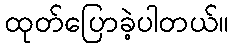
ထုတ်ပြောခဲ့ပါတယ်။